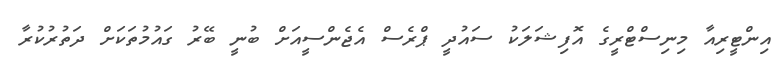
އިންޓީރިއާ މިނިސްޓްރީގެ އޮފިޝަލަކު ސައުދީ ޕްރެސް އެޖެންސީއަށް ބުނީ ބޭރު ގައުމުތަކަށް ދަތުރުކުރާ